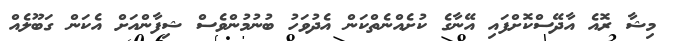
މިޝާ ރޮއެ އާދޭސްކޮށްފައި އޭނާގެ ކުށެއްނެތްކަން އެދުވަހު ބުނުމުންވެސް ޝިފާންއަށް އެކަން ގަބޫލެއް